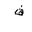
Letter: _fa